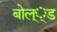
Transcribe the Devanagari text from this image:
बोल््ड